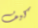
كيف